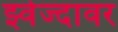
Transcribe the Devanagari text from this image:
झ्वेज्दावर